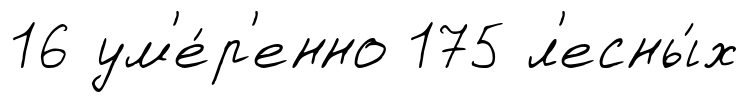
16 ум'е́р'енно 175 л'есны́х